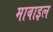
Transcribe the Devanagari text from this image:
माबाइल